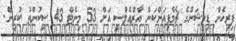
ފިރިހެން ޑިވިޝަންގެ ޗެމްޕިއަންކަން އާރްއެލްސީ އަށް 53 މިނެޓް 43 ސިކުންތު ކުރިން.